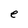
Character: e